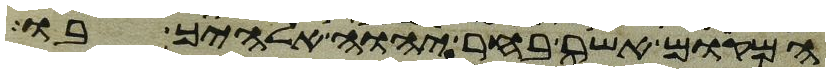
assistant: המקום אשר בחר יהוה אלהיך בו